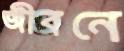
জীবনে